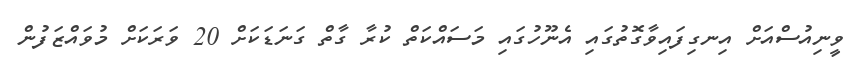
ވީނިއުސްއަށް އިނގިފައިވާގޮތުގައި އެނޫހުގައި މަސައްކަތް ކުރާ ގާތް ގަނަޑަކަށް 20 ވަރަކަށް މުވައްޒަފުން